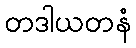
တဒါယတနံ